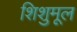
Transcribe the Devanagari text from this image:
शिशुमूल